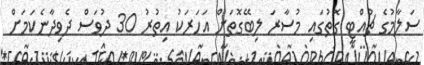
ސަލާމުގެ ޗުއްޓީ ގޮތުގައި މުސާރަ ލިބޭގޮތަށް އަހަރަކު އިތުރު 30 ދުވަސް ދެވިދާނެކަމަށް